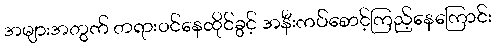
အများအတွက် တရားဝင်နေထိုင်ခွင့် အနီးကပ်စောင့်ကြည့်နေကြောင်း